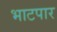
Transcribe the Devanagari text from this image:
भाटपार